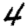
Digit: 4